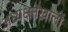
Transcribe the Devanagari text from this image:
अध्यक्षतेखालीं